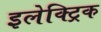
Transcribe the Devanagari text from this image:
इलेक्‍ट्रिक